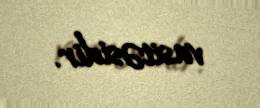
vasitəsidir.